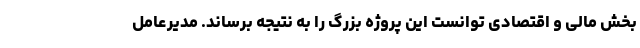
بخش مالی و اقتصادی توانست این پروژه بزرگ را به نتیجه برساند. مدیرعامل